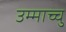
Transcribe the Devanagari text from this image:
उम्माच्चु